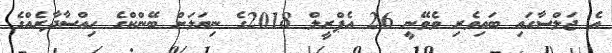
އެ ޖަލްސާގައި ބައިވެރި ވެވޭނީ 26 އެޕްރީލް 2018ގެ ނިޔަލަށް ބޭންކްގެ ހިއްސާދާރެއްގެ